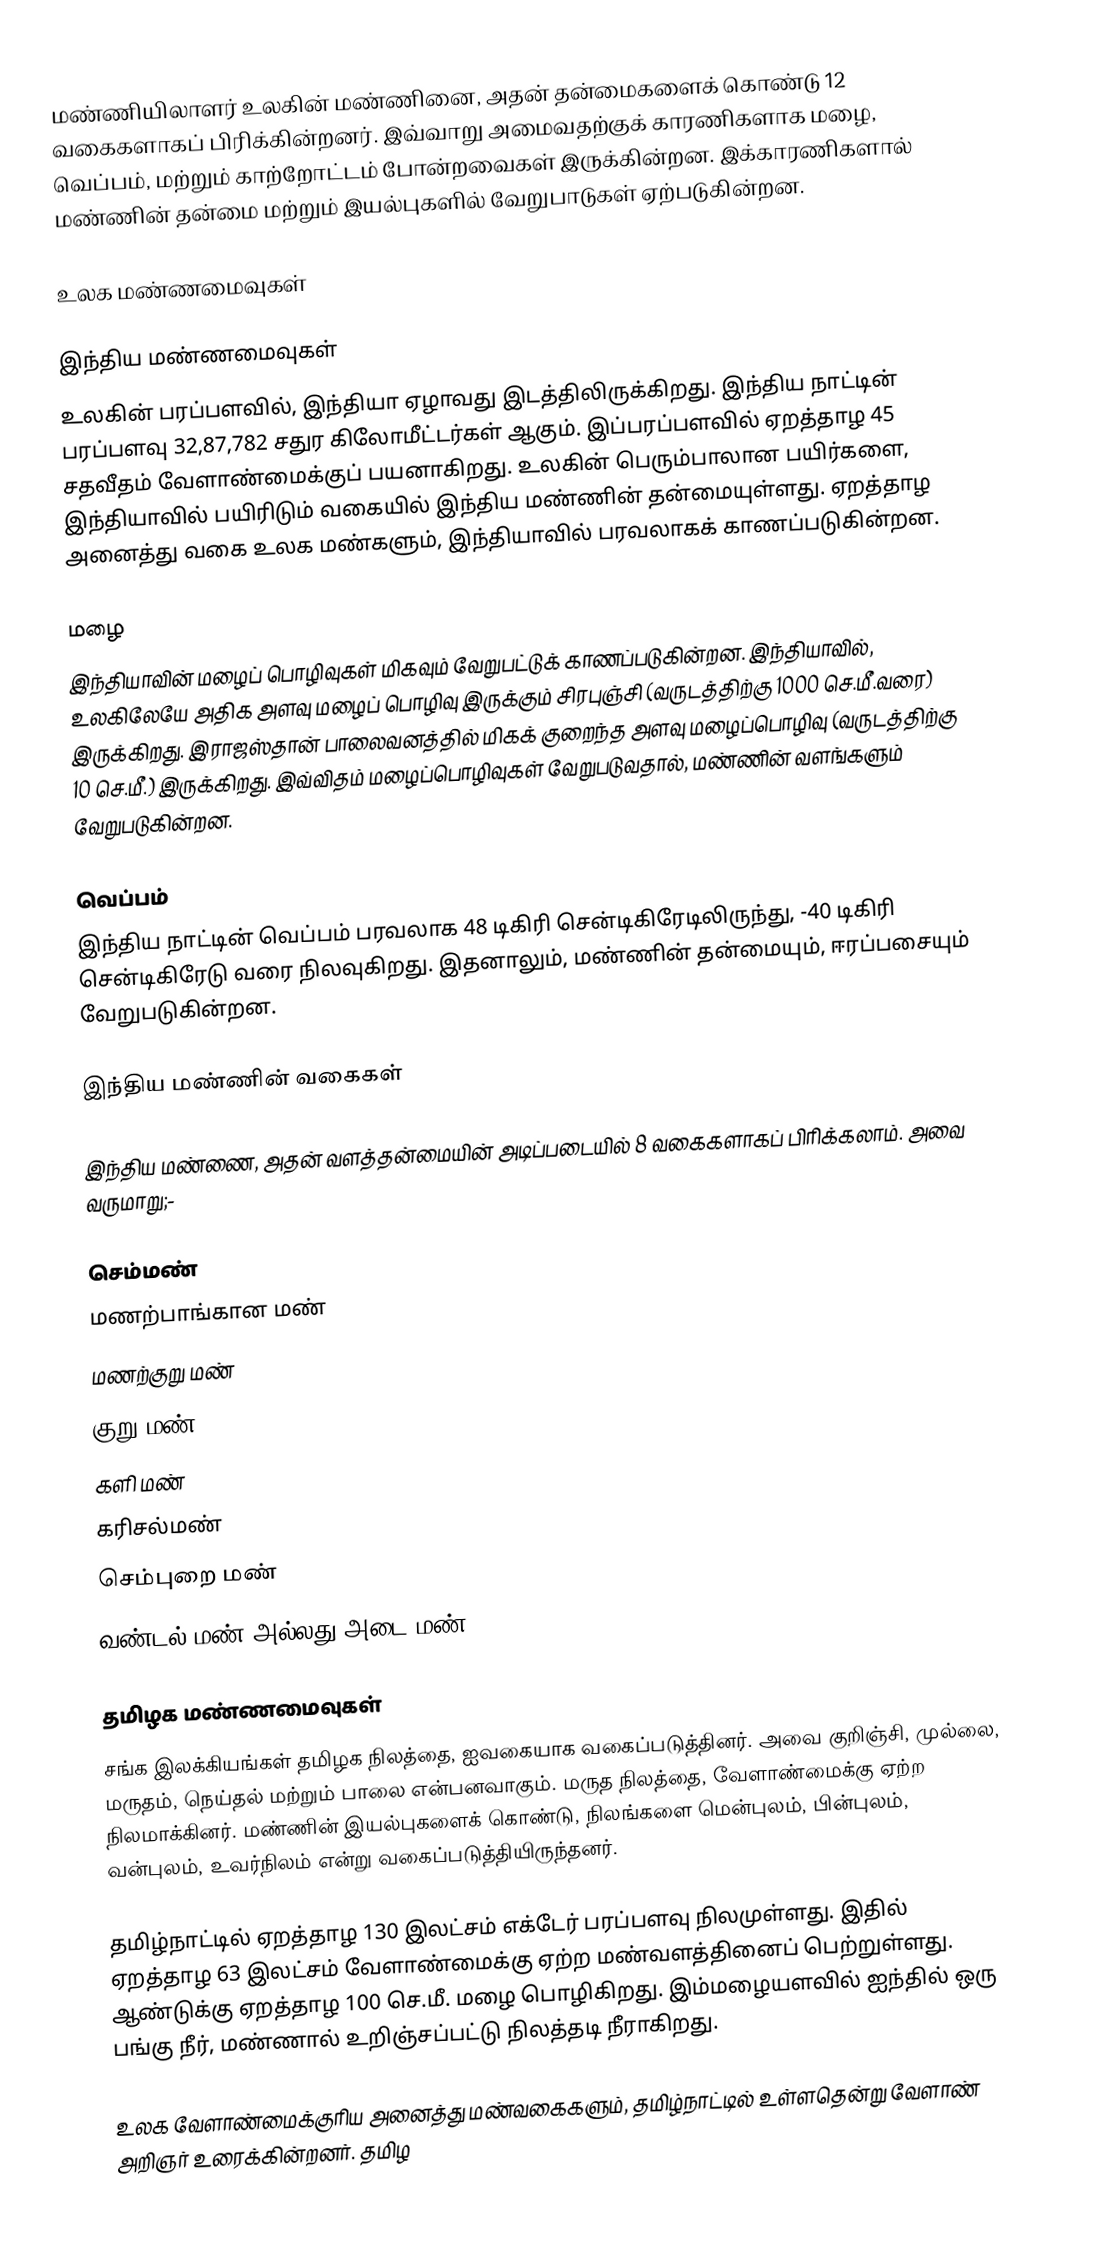
மண்ணியிலாளர் உலகின் மண்ணினை, அதன் தன்மைகளைக் கொண்டு 12 வகைகளாகப் பிரிக்கின்றனர். இவ்வாறு அமைவதற்குக் காரணிகளாக மழை, வெப்பம், மற்றும் காற்றோட்டம் போன்றவைகள் இருக்கின்றன. இக்காரணிகளால் மண்ணின் தன்மை மற்றும் இயல்புகளில் வேறுபாடுகள் ஏற்படுகின்றன.

உலக மண்ணமைவுகள்

இந்திய மண்ணமைவுகள்
உலகின் பரப்பளவில், இந்தியா ஏழாவது இடத்திலிருக்கிறது. இந்திய நாட்டின் பரப்பளவு 32,87,782 சதுர கிலோமீட்டர்கள் ஆகும். இப்பரப்பளவில் ஏறத்தாழ 45 சதவீதம் வேளாண்மைக்குப் பயனாகிறது. உலகின் பெரும்பாலான பயிர்களை, இந்தியாவில் பயிரிடும் வகையில் இந்திய மண்ணின் தன்மையுள்ளது. ஏறத்தாழ அனைத்து வகை உலக மண்களும், இந்தியாவில் பரவலாகக் காணப்படுகின்றன.

மழை
இந்தியாவின் மழைப் பொழிவுகள் மிகவும் வேறுபட்டுக் காணப்படுகின்றன. இந்தியாவில், உலகிலேயே அதிக அளவு மழைப் பொழிவு இருக்கும் சிரபுஞ்சி (வருடத்திற்கு 1000 செ.மீ.வரை) இருக்கிறது. இராஜஸ்தான் பாலைவனத்தில் மிகக் குறைந்த அளவு மழைப்பொழிவு (வருடத்திற்கு 10 செ.மீ.) இருக்கிறது. இவ்விதம் மழைப்பொழிவுகள் வேறுபடுவதால், மண்ணின் வளங்களும் வேறுபடுகின்றன.

வெப்பம்
இந்திய நாட்டின் வெப்பம் பரவலாக 48 டிகிரி சென்டிகிரேடிலிருந்து, -40 டிகிரி சென்டிகிரேடு வரை நிலவுகிறது. இதனாலும், மண்ணின் தன்மையும், ஈரப்பசையும் வேறுபடுகின்றன.

இந்திய மண்ணின் வகைகள்

இந்திய மண்ணை, அதன் வளத்தன்மையின் அடிப்படையில் 8 வகைகளாகப் பிரிக்கலாம். அவை வருமாறு;-

 செம்மண்
 மணற்பாங்கான மண்
 மணற்குறு மண்
 குறு மண்
 களி மண்
 கரிசல்மண்
 செம்புறை மண்
 வண்டல் மண் அல்லது அடை மண்.

தமிழக மண்ணமைவுகள்
சங்க இலக்கியங்கள் தமிழக நிலத்தை, ஐவகையாக வகைப்படுத்தினர். அவை குறிஞ்சி, முல்லை, மருதம், நெய்தல் மற்றும் பாலை என்பனவாகும். மருத நிலத்தை, வேளாண்மைக்கு ஏற்ற நிலமாக்கினர். மண்ணின் இயல்புகளைக் கொண்டு, நிலங்களை மென்புலம், பின்புலம், வன்புலம், உவர்நிலம் என்று வகைப்படுத்தியிருந்தனர்.

தமிழ்நாட்டில் ஏறத்தாழ 130 இலட்சம் எக்டேர் பரப்பளவு நிலமுள்ளது. இதில் ஏறத்தாழ 63 இலட்சம் வேளாண்மைக்கு ஏற்ற மண்வளத்தினைப் பெற்றுள்ளது. ஆண்டுக்கு ஏறத்தாழ 100 செ.மீ. மழை பொழிகிறது. இம்மழையளவில் ஐந்தில் ஒரு பங்கு நீர், மண்ணால் உறிஞ்சப்பட்டு நிலத்தடி நீராகிறது.

உலக வேளாண்மைக்குரிய அனைத்து மண்வகைகளும், தமிழ்நாட்டில் உள்ளதென்று வேளாண் அறிஞர் உரைக்கின்றனர். தமிழ